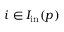
i \in I _ { \mathrm { i n } } ( p )